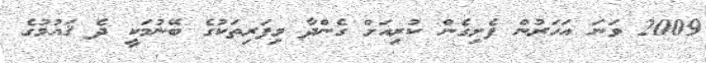
2009 ވަނަ އަހަރުން ފެށިގެން ކުރިއަށް ގެންދާ މިފަރިތަކުގެ ބޭނުމަކީ ދެ ޤައުމުގެ